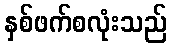
နှစ်ဖက်စလုံးသည်